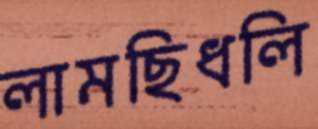
লামছিধলি